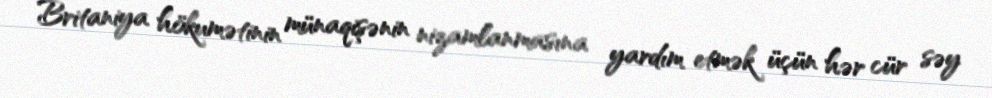
Britaniya hökumətinin münaqişənin nizamlanmasına yardım etmək üçün hər cür səy